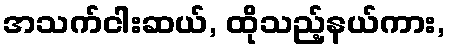
အသက်ငါးဆယ်, ထိုသည့်နယ်ကား,